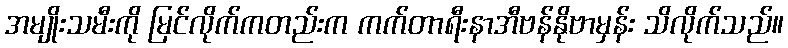
အမျိုးသမီးကို မြင်လိုက်ကတည်းက ကက်တာရီးနာအီဗန်နိုဗာမှန်း သိလိုက်သည်။